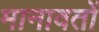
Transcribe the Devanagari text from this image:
मानावतों